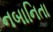
નબાનિતા